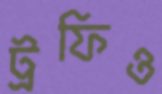
ট্রফিও